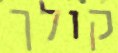
קולך